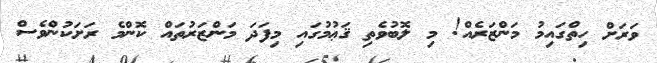
ވަރަށް ހިތްގައިމު މަންޒަރެއް! މި ލޮބުވެތި ޤަޢުމުގައި މިފަދަ މަންޒަރުތައް ކޮންމެ ރަށަކުންވެސް